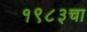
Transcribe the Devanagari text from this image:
१९८३चा